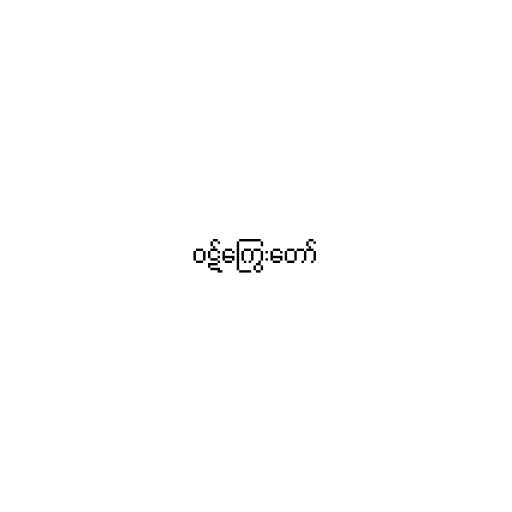
ဝဋ်ကြွေးတော်